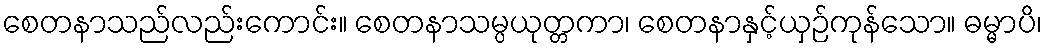
စေတနာသည်လည်းကောင်း။ စေတနာသမ္ပယုတ္တကာ၊ စေတနာနှင့်ယှဉ်ကုန်သော။ ဓမ္မာပိ၊